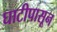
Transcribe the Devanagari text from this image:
घाटीपासून